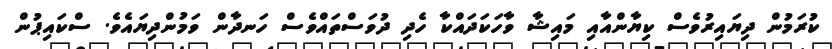
ކުރަމުން ދިޔައިރުވެސް ކިޔާންއާއި މައިޝާ ވާހަކަދައްކާ ހެދި ދުވަސްތައްވެސް ހަނދާން ވަމުންދިޔައެވެ. ސްކައިޕުން